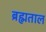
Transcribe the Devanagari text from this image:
ब्रह्मताल